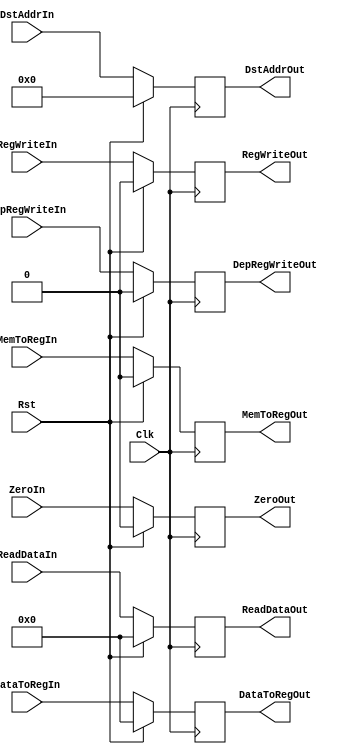
`timescale 1ns / 1ps
//////////////////////////////////////////////////////////////////////////////////
// Company: 
// Engineer: 
// 
// Design Name: 
// Module Name: PipelineReg
// Project Name: 
// Target Devices: 
// Tool Versions: 
// Description: 
// 
// Dependencies: 
// 
// Revision:
// Revision 0.01 - File Created
// Additional Comments:
// 
//////////////////////////////////////////////////////////////////////////////////


module MemoryWriteBackReg_tb(
    Clk,
    Rst,
    RegWriteIn,
    DstAddrIn,
    MemToRegIn,
    ReadDataIn,
    DataToRegIn,
    ZeroIn,
    DepRegWriteIn,
    RegWriteOut,
    DstAddrOut,
    MemToRegOut,
    ReadDataOut,
    DataToRegOut,
    ZeroOut,
    DepRegWriteOut
    );
    input [31:0] ReadDataIn, DataToRegIn;
    input [4:0] DstAddrIn;
    input RegWriteIn, MemToRegIn, Clk, ZeroIn, DepRegWriteIn, Rst;
    output reg [31:0] ReadDataOut, DataToRegOut;
    output reg [4:0] DstAddrOut;
    output reg RegWriteOut, MemToRegOut, ZeroOut, DepRegWriteOut;
    initial begin
        RegWriteOut <= 1'b0;
        MemToRegOut <= 1'b0;
        DstAddrOut <= 5'd0;
        ReadDataOut <= 32'd0;
        DataToRegOut <= 32'd0;
        ZeroOut <= 1'b0;
        DepRegWriteOut <= 1'b0;
    end
    always@(posedge Clk) begin
        if(Rst) begin
            RegWriteOut <= 1'b0;
            MemToRegOut <= 1'b0;
            DstAddrOut <= 5'd0;
            ReadDataOut <= 32'd0;
            DataToRegOut <= 32'd0;
            ZeroOut <= 1'b0;
            DepRegWriteOut <= 1'b0;
        end
        else begin
            RegWriteOut <= RegWriteIn;
            MemToRegOut <= MemToRegIn;
            DstAddrOut <= DstAddrIn;
            ReadDataOut <= ReadDataIn;
            DataToRegOut <= DataToRegIn;
            ZeroOut <= ZeroIn;
            DepRegWriteOut <= DepRegWriteIn;
        end
    end
endmodule